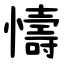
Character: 懤